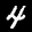
Label: 4